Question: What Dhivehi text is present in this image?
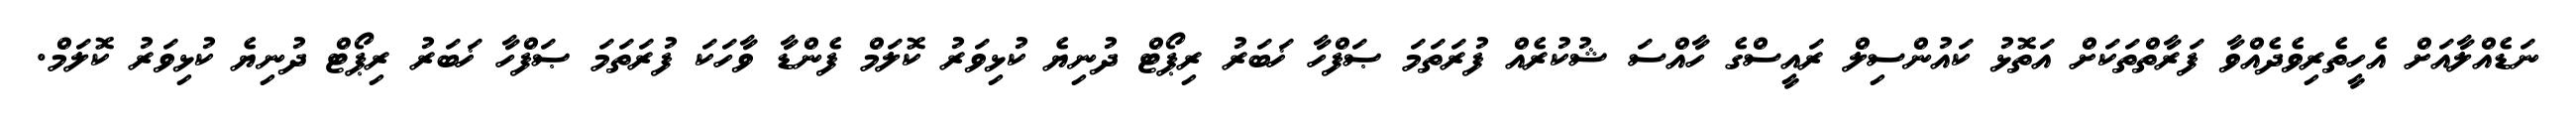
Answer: ނަޑެއްލާއަށް އެހީތެރިވެދެއްވާ ފަރާތްތަކަށް އަތޮޅު ކައުންސިލް ރައީސްގެ ހާއްސަ ޝުކުރެއް ފުރަތަމަ ޞަފްހާ ޚަބަރު ރިޕޯޓް ދުނިޔެ ކުޅިވަރު ކޮލަމް ފެންޑާ ވާހަކަ ފުރަތަމަ ޞަފްހާ ޚަބަރު ރިޕޯޓް ދުނިޔެ ކުޅިވަރު ކޮލަމް.